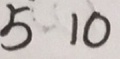
5 1 0